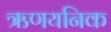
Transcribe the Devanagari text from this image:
ऋणयनिक